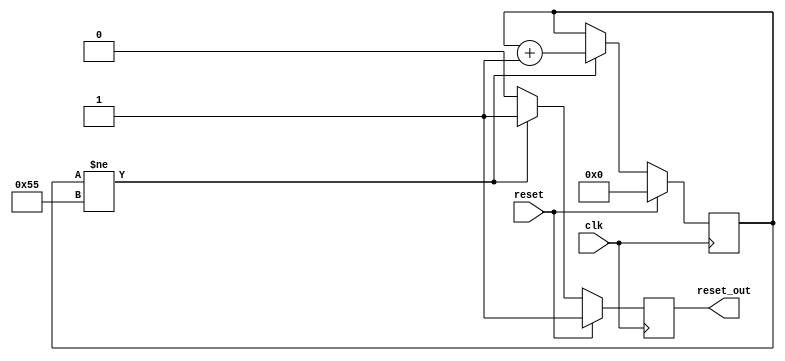
//
// Copyright 2020 Nasim Hamrah Industries
//
// SPDX-License-Identifier: LGPL-3.0-or-later
//

module controlled_por_gen
  (input clk,
   input reset,
   output reset_out);

   reg 		por_rst;
   reg [7:0] 	por_counter = 8'h0;

   always @(posedge clk)
     if(reset)
       begin
          por_counter <= 8'h0;
          por_rst <= 1'b1;
       end
     else if (por_counter != 8'h55)
       begin
          por_counter <= por_counter + 8'h1;
          por_rst <= 1'b1;
       end
     else
       por_rst <= 1'b0;

   assign reset_out = por_rst;

endmodule // por_gen